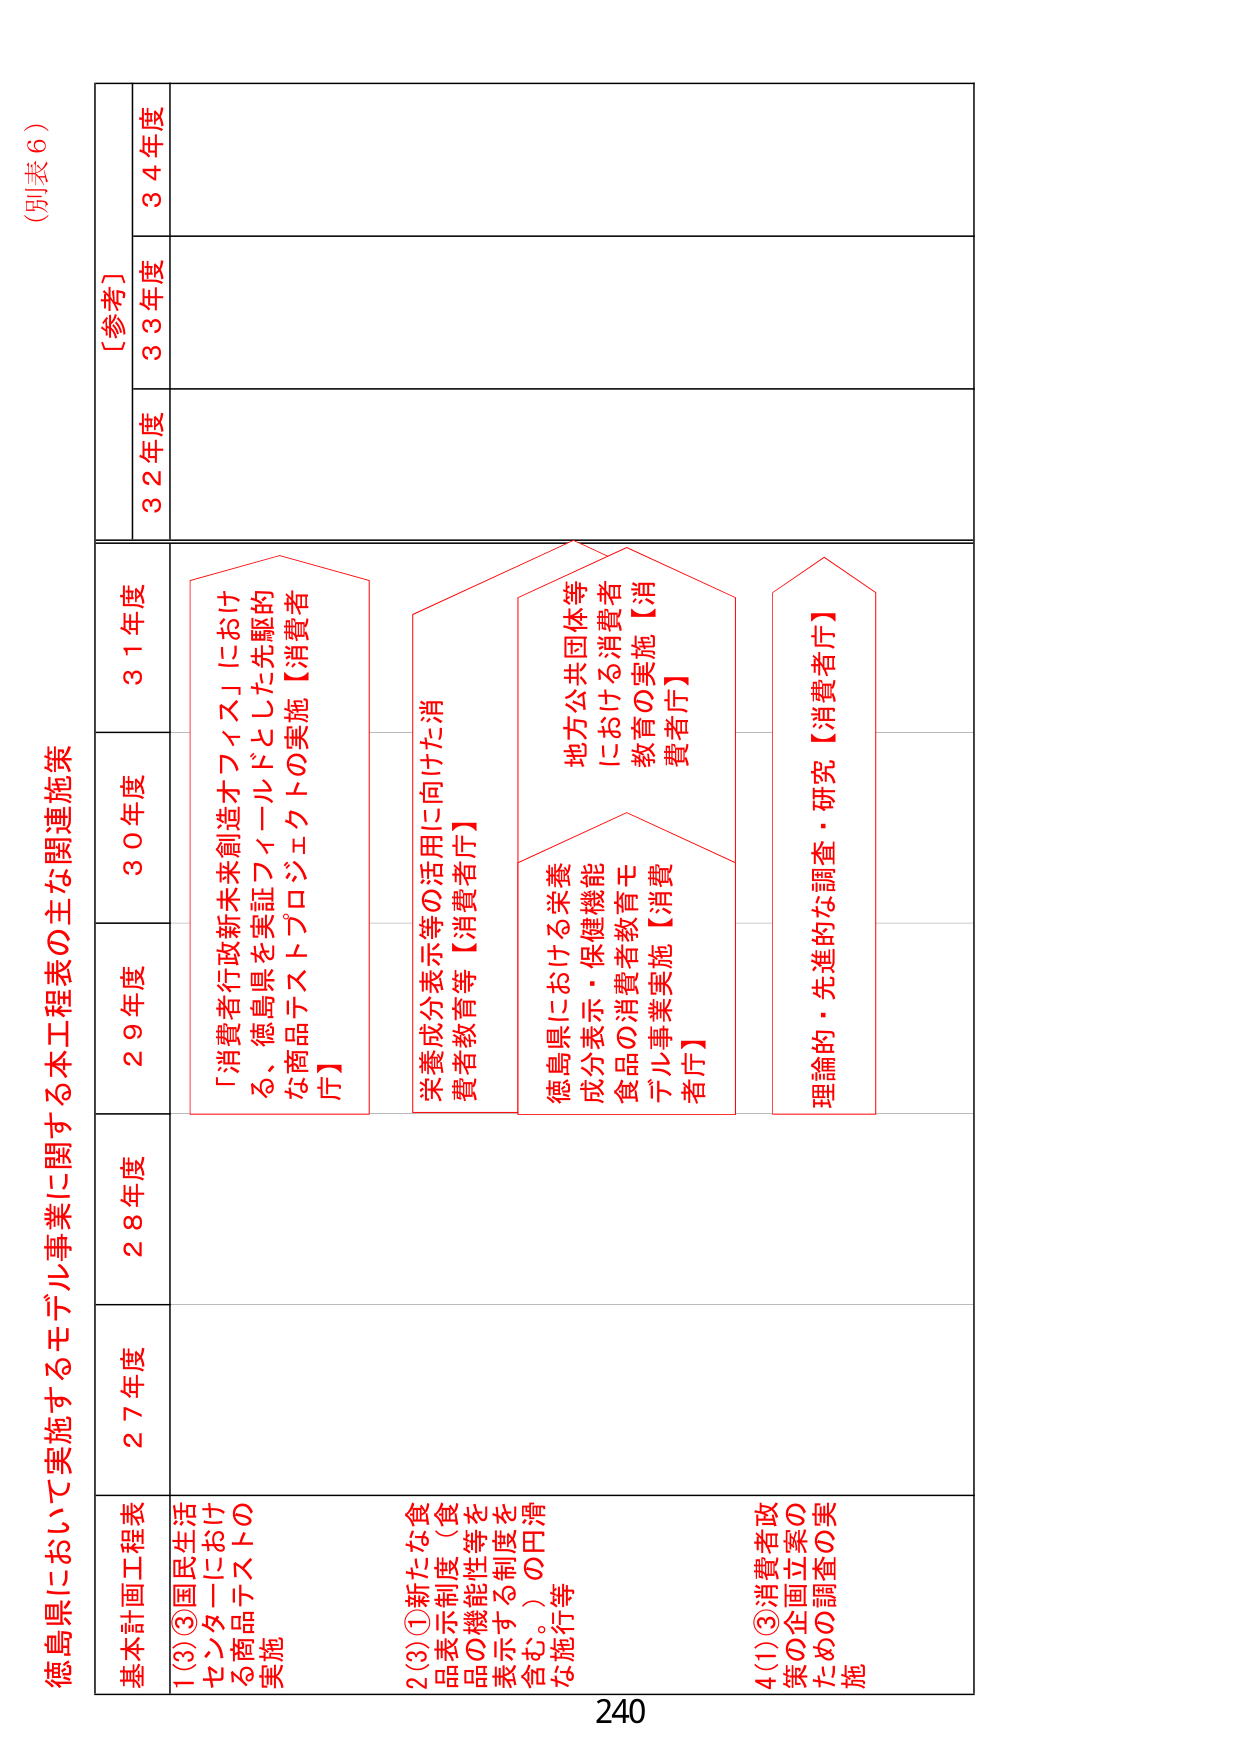
(別表6)

徳島県において実施するモデル事業に関する本工程表の主な関連施策

基本計画工程表
27年度
28年度
29年度
30年度
31年度
32年度
33年度
34年度
[参考]

1(3)③国民生活センターにおける商品テストの実施

2(3)①新たな食品表示制度（食品の機能性等を表示する制度を含む。）の円滑な施行等

「消費者行政新未来創造オフィス」における、徳島県を実証フィールドとした先駆的な商品テストプロジェクトの実施【消費者庁】

栄養成分表示等の活用に向けた消費者教育等【消費者庁】

徳島県における栄養成分表示・保健機能食品の消費者教育モデル事業実施【消費者庁】

地方公共団体等における消費者教育の実施【消費者庁】

理論的・先進的な調査・研究【消費者庁】

4(1)③消費者政策の企画立案のための調査の実施

240